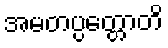
အမတပ္ပတ္တောတိ